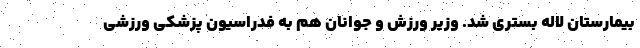
بیمارستان لاله بستری شد. وزیر ورزش و جوانان هم به فدراسیون پزشکی ورزشی